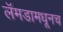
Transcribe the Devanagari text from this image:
लॅमडामधूनच